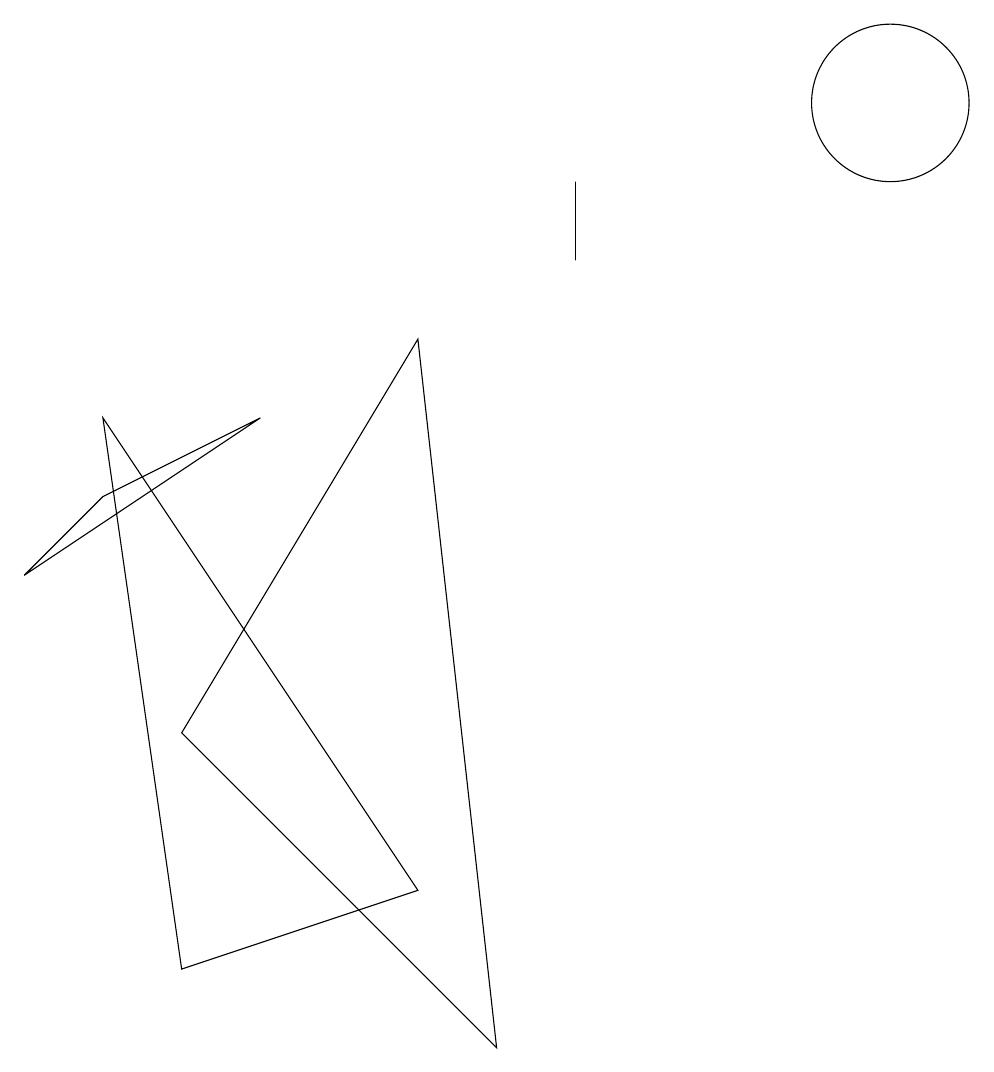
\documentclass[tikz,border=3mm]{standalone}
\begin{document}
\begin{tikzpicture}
\draw (6,0) -- (2,4) -- (5,9) -- cycle;
\draw (5,2) -- (2,1) -- (1,8) -- cycle;
\draw (11,12) circle (1);
\draw (12,11) circle (0);
\draw (1,7) -- (0,6) -- (3,8) -- cycle;
\draw (7,10) rectangle (7,11);
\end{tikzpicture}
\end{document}